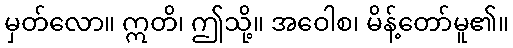
မှတ်လော။ ဣတိ၊ ဤသို့။ အဝေါစ၊ မိန့်တော်မူ၏။